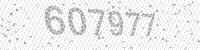
Solution: 607977